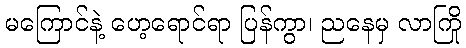
မကြောင်နဲ့ ဟေ့ရောင်ရာ ပြန်ကွာ၊ ညနေမှ လာကြို